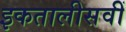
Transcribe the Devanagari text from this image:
इकतालीसवीं